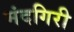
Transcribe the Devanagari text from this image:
मंदगिरी